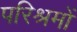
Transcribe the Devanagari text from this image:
परिश्रमों